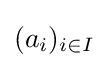
(a_{i})_{i\in I}